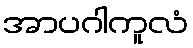
အာပဂါကူလံ